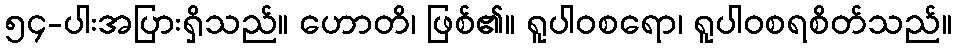
၅၄-ပါးအပြားရှိသည်။ ဟောတိ၊ ဖြစ်၏။ ရူပါဝစရော၊ ရူပါဝစရစိတ်သည်။